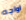
اواجه